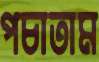
পচাতাম